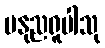
မနုညရူပါသု